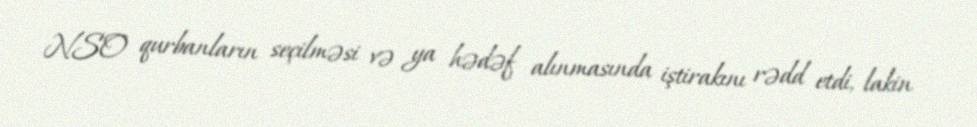
NSO qurbanların seçilməsi və ya hədəf alınmasında iştirakını rədd etdi, lakin